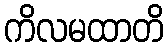
ကိလမထာတိ